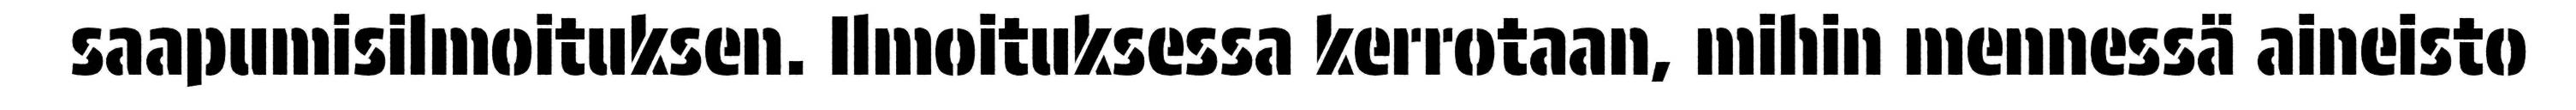
saapumisilmoituksen. Ilmoituksessa kerrotaan, mihin mennessä aineisto